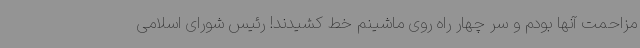
مزاحمت آنها بودم و سر چهار راه روی ماشینم خط کشیدند! رئیس شورای اسلامی